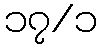
၁၇/၁